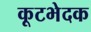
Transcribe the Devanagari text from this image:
कूटभेदक